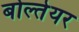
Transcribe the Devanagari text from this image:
बोल्तेयर